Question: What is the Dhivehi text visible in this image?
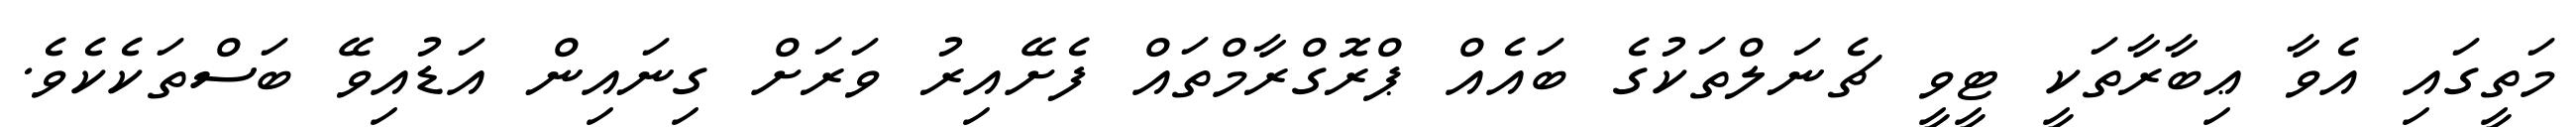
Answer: މަތީގައި އެވާ ޢިބާރާތަކީ ޓީވީ ޗެނަލްތަކުގެ ބައެއް ޕްރޮގްރާމްތައް ފެށޭއިރު ވަރަށް ގިނައިން އަޑުއިވޭ ބަސްތަކެކެވެ.